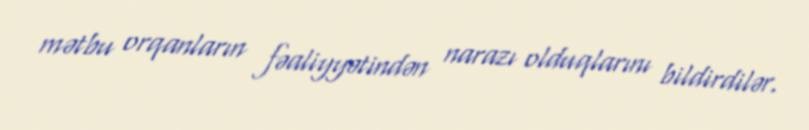
mətbu orqanların fəaliyyətindən narazı olduqlarını bildirdilər.